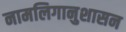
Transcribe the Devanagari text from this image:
नामलिगानुशासन